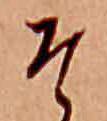
そ